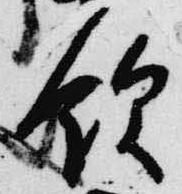
飲